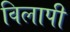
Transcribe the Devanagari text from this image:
विलापी